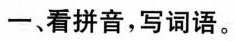
一、看拼音，写词语。